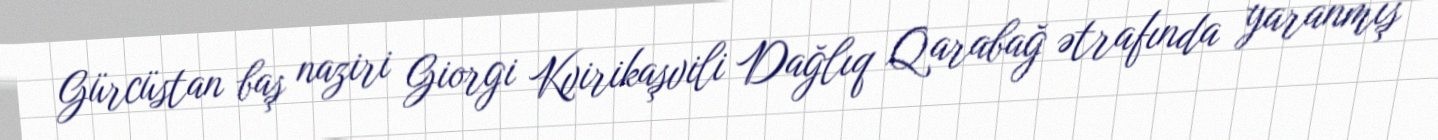
Gürcüstan baş naziri Giorgi Kvirikaşvili Dağlıq Qarabağ ətrafında yaranmış